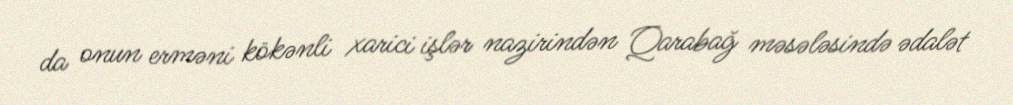
da onun erməni kökənli xarici işlər nazirindən Qarabağ məsələsində ədalət